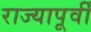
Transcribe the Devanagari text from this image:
राज्यापूर्वीं